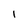
Character: 1